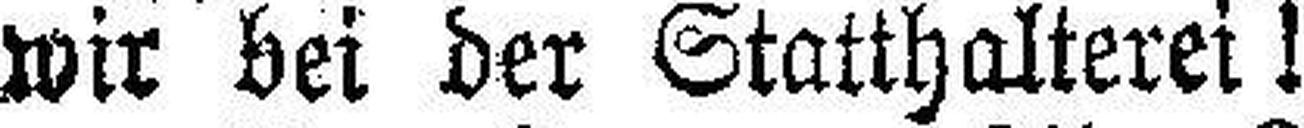
wir bei der Statthalterei!